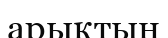
арықтың